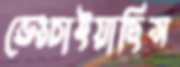
ভেংচাইয়াছিস